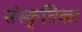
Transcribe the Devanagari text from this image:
संस्कृतिका